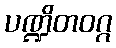
ပဏ္ဍိတဝဂ္ဂ